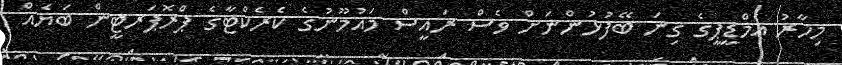
މިހާރު އެމްޑީޕީގެ ގިނަ ބޭފުޅުންނަށް ވެސް ރައީސް މައުމޫނުގެ ކެރެކްޓާގެ ޕްރޮޕަރޓީން ބަޔެއް